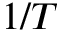
1 / T